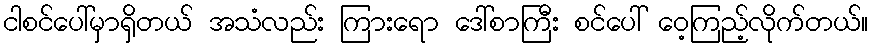
ငါစင်ပေါ်မှာရှိတယ် အသံလည်း ကြားရော ဒေါ်စာကြီး စင်ပေါ် ဝေ့ကြည့်လိုက်တယ်။